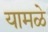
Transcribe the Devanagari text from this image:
यामळे